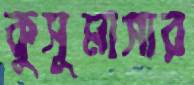
কুসুমাসার